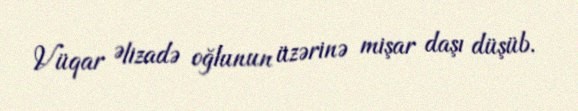
Vüqar Əlizadə oğlunun üzərinə mişar daşı düşüb.